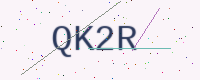
Text: QK2R